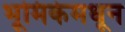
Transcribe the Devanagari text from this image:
भूमिकेमधून